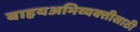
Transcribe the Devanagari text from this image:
बाहयअभिव्यक्‍तीसाठी